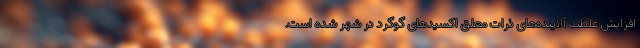
افزایش غلظت آلاینده‌های ذرات معلق اکسیدهای گوگرد در شهر شده است.